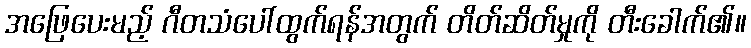
အဖြေပေးမည့် ဂီတသံပေါ်ထွက်ရန်အတွက် တိတ်ဆိတ်မှုကို တီးခေါက်၏။